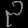
Digit: ၃